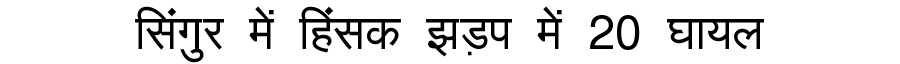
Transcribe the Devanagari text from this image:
सिंगुर में हिंसक झड़प में 20 घायल